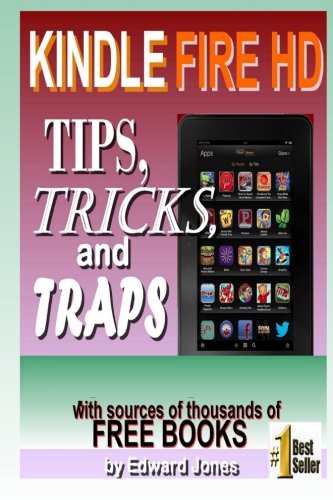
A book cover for Kindle Fire HD Tips, Tricks and Traps: A How-To Tutorial for the Kindle Fire HD; Edward C Jones; Computers & Technology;